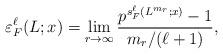
LaTeX: \begin{align*} \varepsilon^\ell_F(L;x) = \lim_{r \to \infty} \frac{p^{s_F^\ell(L^{m_r};x)}-1}{m_r/(\ell+1)}, \end{align*}